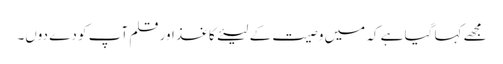
مجھے کہا گیا ہے کہ میں وصیت کے لیئےکاغذ اور قلم آپ کو دے دوں۔